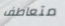
متعاطف